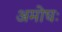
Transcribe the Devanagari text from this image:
अमोघः